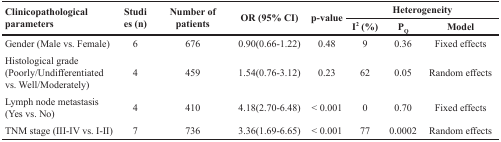
| <ROWSPAN=2> Clinicopathological parameters | <ROWSPAN=2> Studies (n) | <ROWSPAN=2> Number of patients | <ROWSPAN=2> OR (95% CI) | <ROWSPAN=2> p-value | <COLSPAN=3> Heterogeneity |
 | I2 (%) | PQ | Model |
 | --- | --- | --- | --- | --- | --- | --- | --- |
 | Gender (Male vs. Female) | 6 | 676 | 0.90(0.66-1.22) | 0.48 | 9 | 0.36 | Fixed effects |
 | Histological grade (Poorly/Undifferentiated vs. Well/Moderately) | 4 | 459 | 1.54(0.76-3.12) | 0.23 | 62 | 0.05 | Random effects |
 | Lymph node metastasis (Yes vs. No) | 4 | 410 | 4.18(2.70-6.48) | < 0.001 | 0 | 0.70 | Fixed effects |
 | TNM stage (III-IV vs. I-II) | 7 | 736 | 3.36(1.69-6.65) | < 0.001 | 77 | 0.0002 | Random effects |